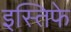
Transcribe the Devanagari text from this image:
इस्तिफे